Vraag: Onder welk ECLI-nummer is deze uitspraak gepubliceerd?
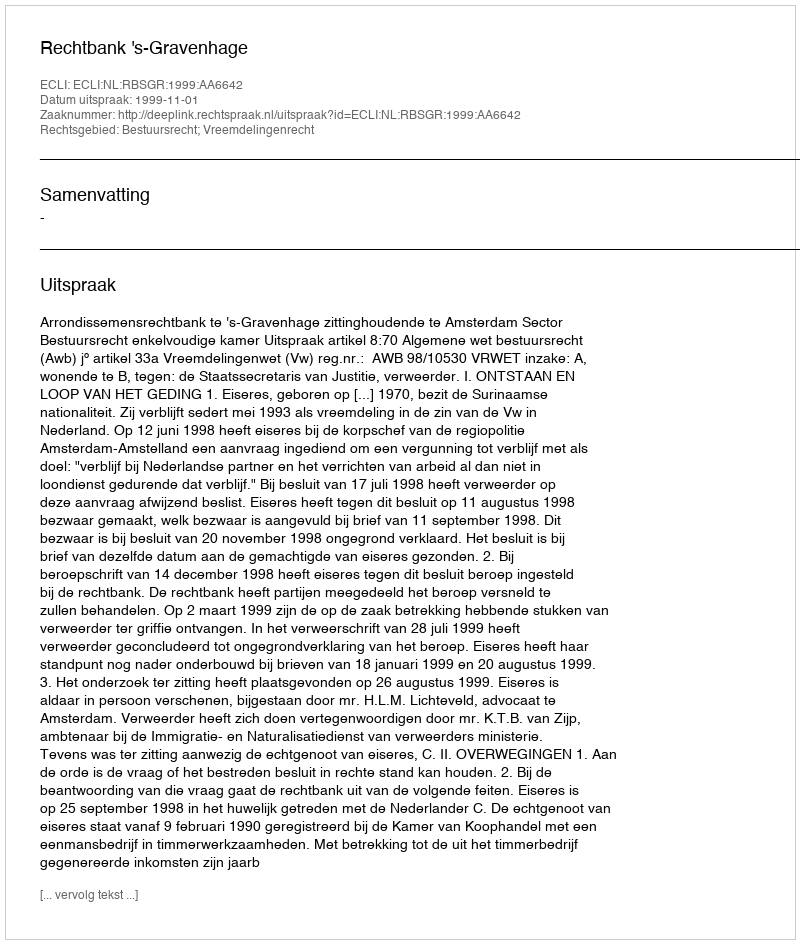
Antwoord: ECLI:NL:RBSGR:1999:AA6642